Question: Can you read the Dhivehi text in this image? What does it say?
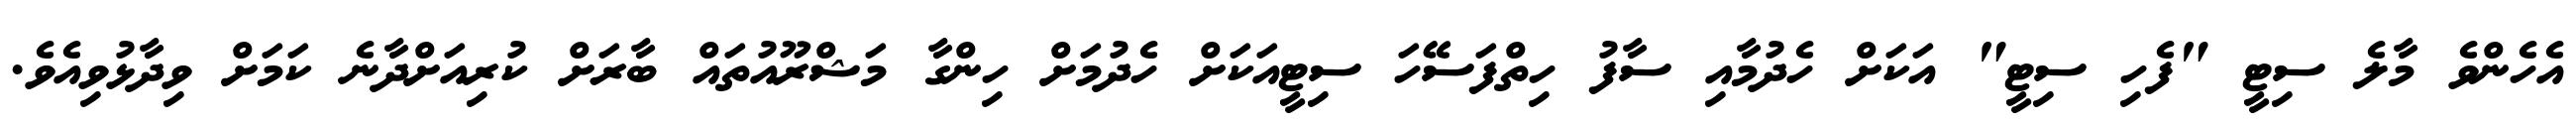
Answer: އެހެންވެ މާލެ ސިޓީ "ފެހި ސިޓީ" އަކަށް ހެދުމާއި ސާފު ހިތްފަސޭހަ ސިޓީއަކަށް ހެދުމަށް ހިންގާ މަޝްރޫއުތައް ބާރަށް ކުރިއަށްދާނެ ކަމަށް ވިދާޅުވިއެވެ.